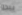
يبدو